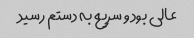
عالی بود و سریع به دستم رسید